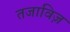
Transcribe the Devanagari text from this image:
तजाविज़